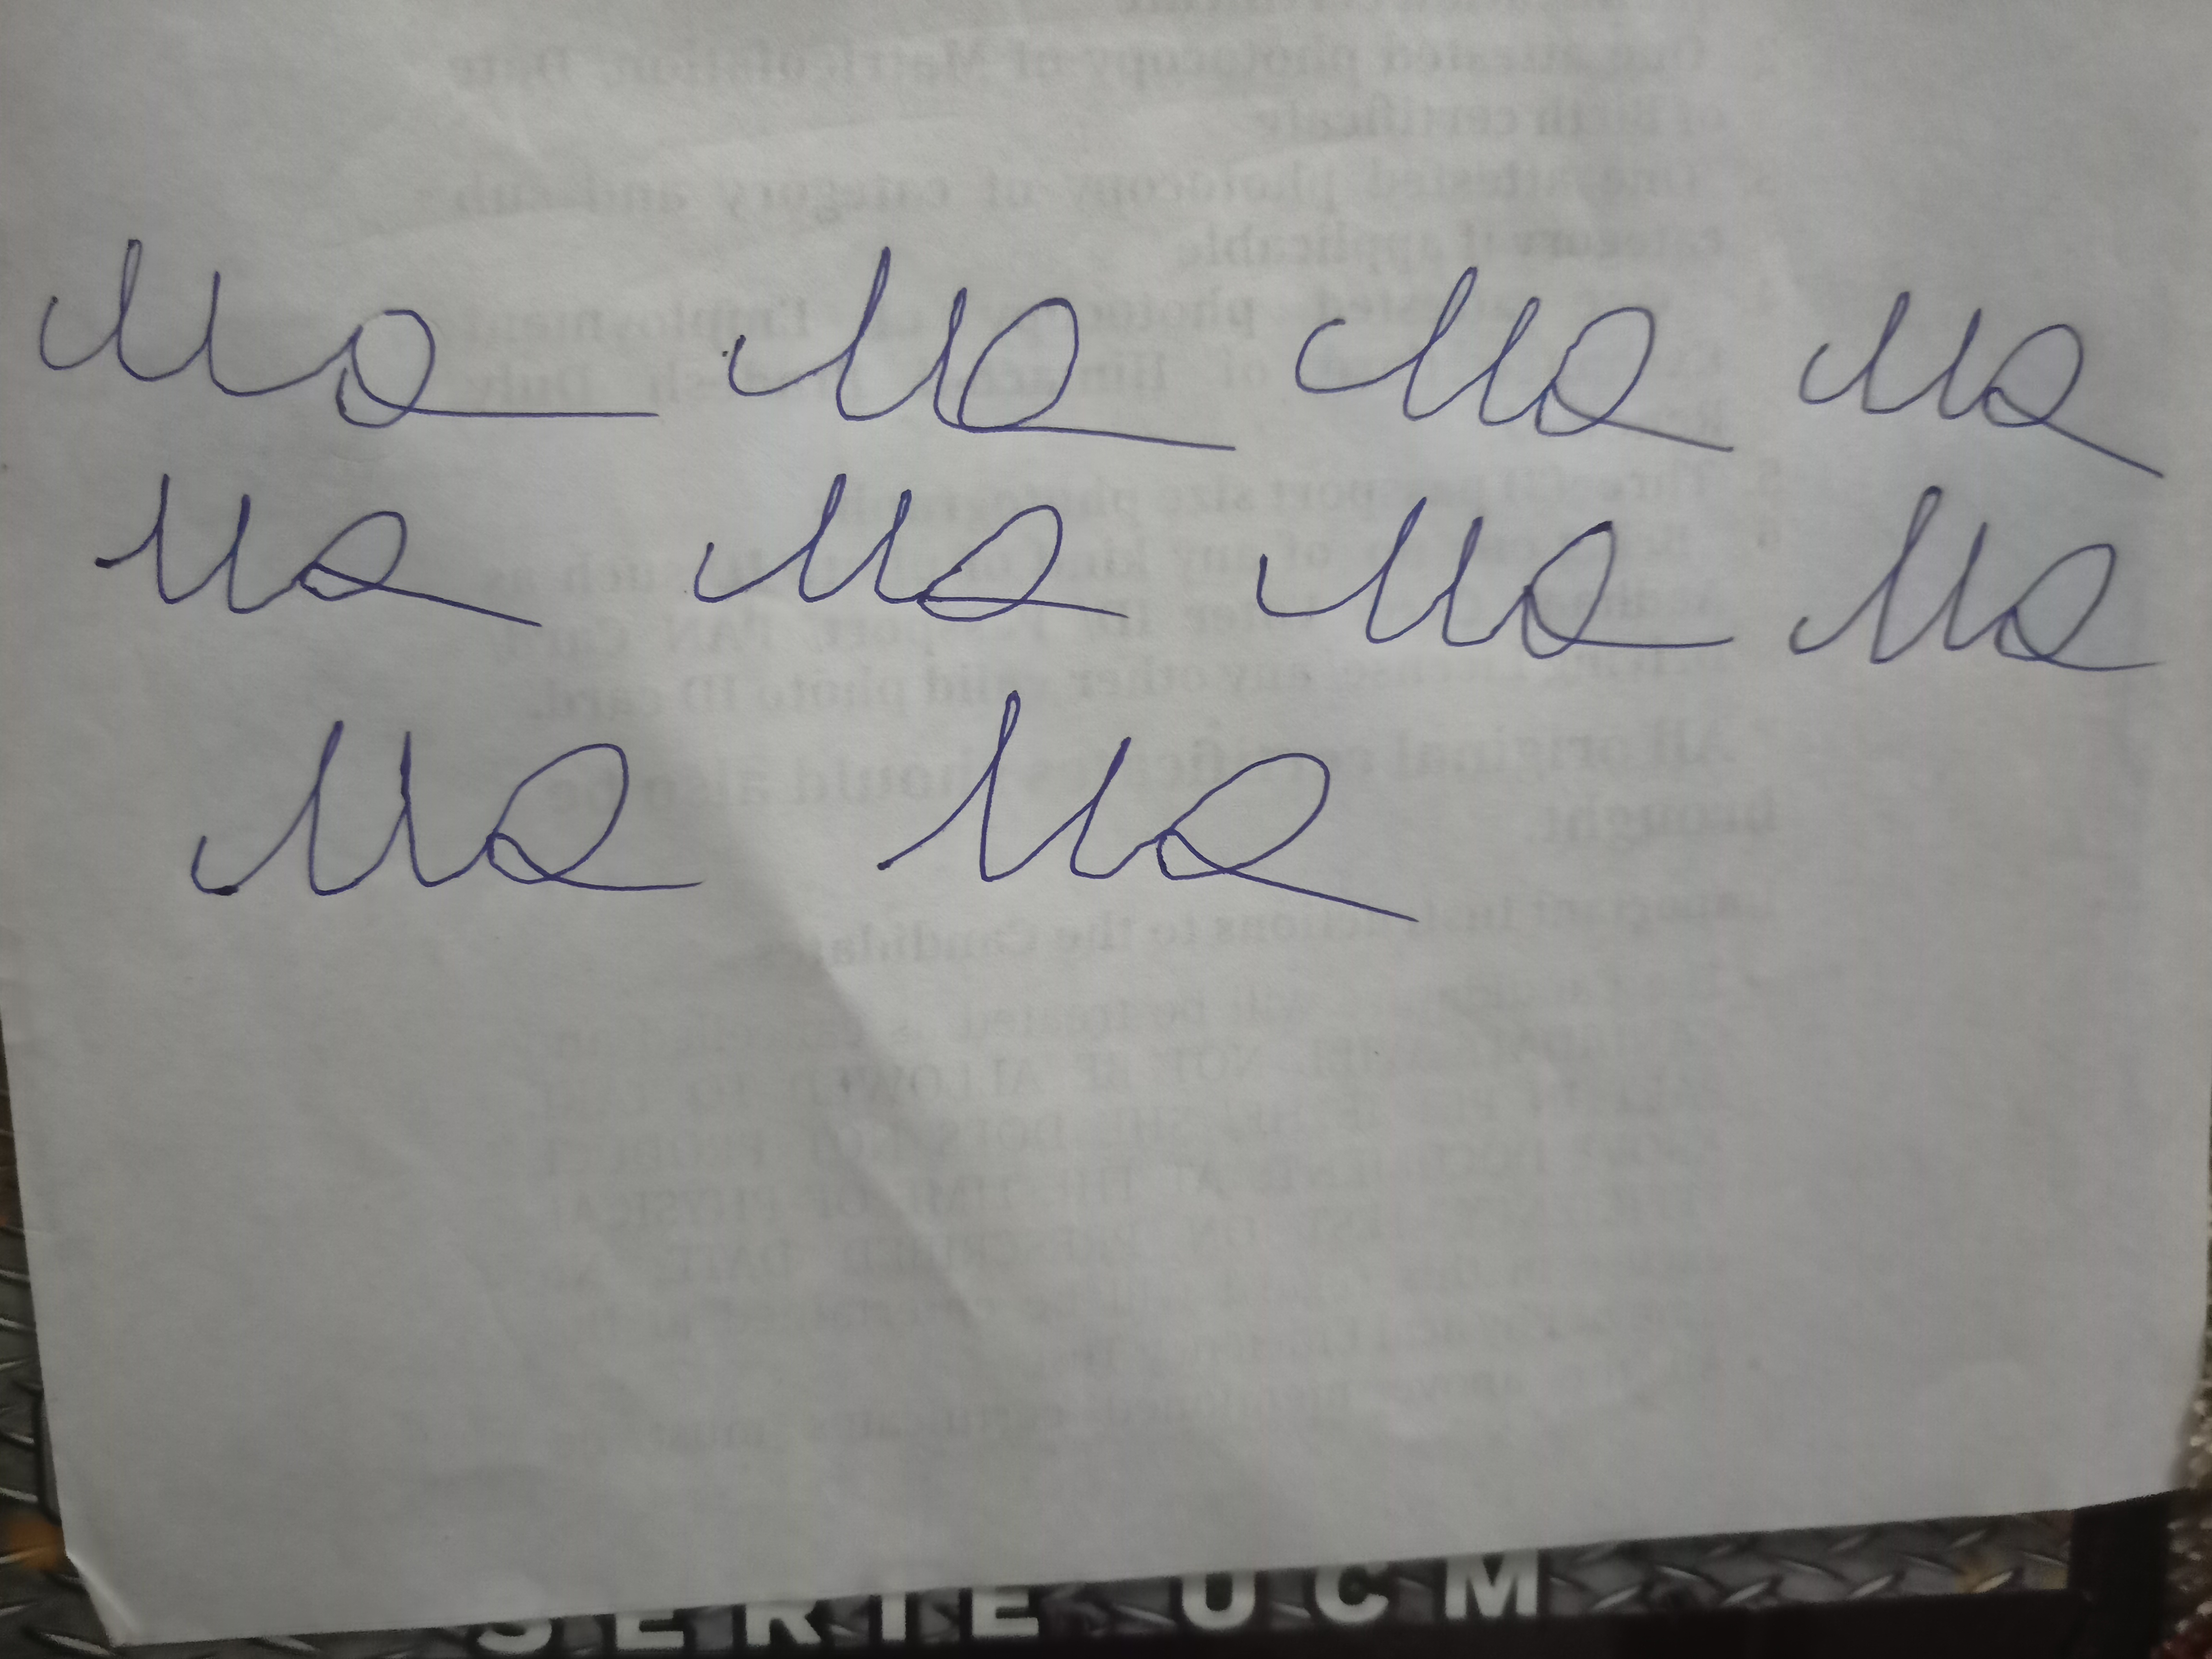
Signature authenticity: forged